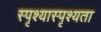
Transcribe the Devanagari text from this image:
स्पृश्यास्पृश्यता